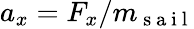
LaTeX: a_{x}=F_{x}/m_{\mathrm{~s~a~i~l~}}